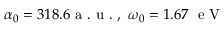
\alpha _ { 0 } = 3 1 8 . 6 \mathrm { ~ a ~ . ~ u ~ . ~ } , \ \omega _ { 0 } = 1 . 6 7 \ \mathrm { ~ e ~ V ~ }